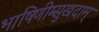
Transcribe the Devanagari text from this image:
भाषिणीम्सुखदाम्